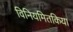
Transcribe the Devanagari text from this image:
विनियमितकिया